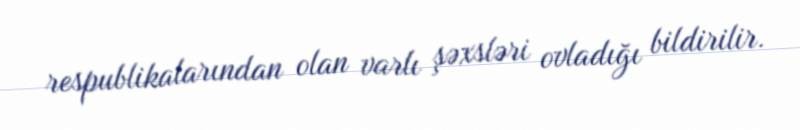
respublikalarından olan varlı şəxsləri ovladığı bildirilir.